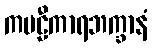
ကဗဠီကာရဘက္ခာနံ